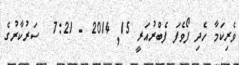
ވެރިކަމާ ހެދި ފޯވެފަ ފެބްރުއަރީ 15